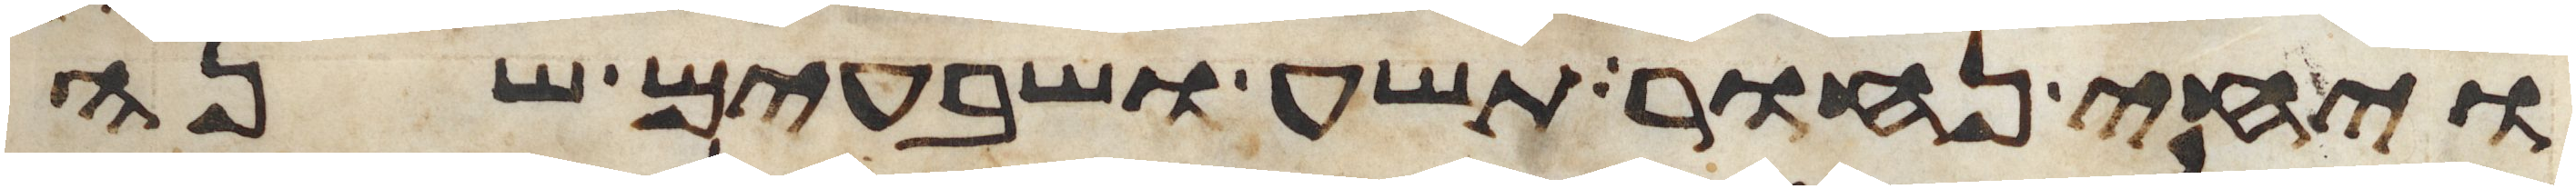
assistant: ויחי נחור תשע ושבעים שנה